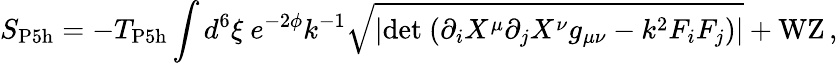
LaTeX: S_{\mathrm{P5h}}=-T_{\mathrm{P5h}}\int d^{6}\xi\ e^{-2{\phi}}k^{-1}\sqrt{|\mathrm{det}\ (\partial_{i}X^{\mu}\partial_{j}{X}^{\nu}g_{\mu\nu}-k^{2}F_{i}F_{j})|}+\mathrm{WZ}\, ,